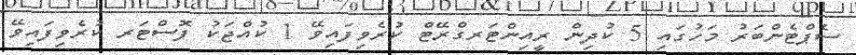
ސެޕްޓެންބަރު މަހުގައި 5 ކުދިން ރީއިންޓަރގްރޭޓް ކުރެވިފައިވޭ 1 ކުއްޖަކު ފޮސްޓަރ ކުރެވިފައިވޭ